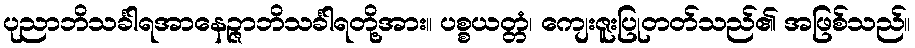
ပုညာဘိသင်္ခါရအာနေဉ္ဇာဘိသင်္ခါရတို့အား။ ပစ္စယတ္တံ၊ ကျေးဇူးပြုတတ်သည်၏ အဖြစ်သည်။